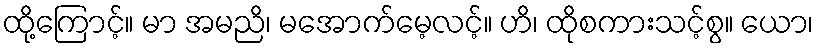
ထို့ကြောင့်။ မာ အမညိ၊ မအောက်မေ့လင့်။ ဟိ၊ ထိုစကားသင့်စွ။ ယော၊